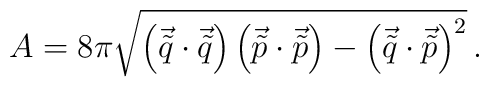
A = 8\pi \sqrt{\left( \vec{\tilde{q}} \cdot \vec{\tilde{q}} \right) \left( \vec{\tilde{p}} \cdot \vec{\tilde{p}} \right) -\left(\vec{\tilde{q}} \cdot \vec{\tilde{p}} \right)^{2}}\, .